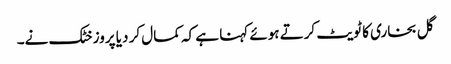
گل بخاری کا ٹویٹ کرتے ہوئے کہنا ہے کہ کمال کر دیا پروز خٹک نے۔